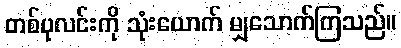
တစ်ပုလင်းကို သုံးယောက် မျှသောက်ကြသည်။